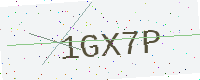
Text: 1GX7P